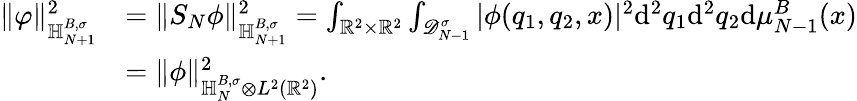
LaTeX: \begin{array}{rl}{\Vert\varphi\Vert_{{\mathbb H}_{N+1}^{B,\sigma}}^{2}}&{=\Vert S_{N}\phi\Vert_{{\mathbb H}_{N+1}^{B,\sigma}}^{2}=\int_{\mathbb R^{2}\times\mathbb R^{2}}\int_{\mathscr D_{N-1}^{\sigma}}\vert\phi(q_{1},q_{2},x)\vert^{2}\mathrm{d}^{2}q_{1}\mathrm{d}^{2}q_{2}\mathrm{d}\mu_{N-1}^{B}(x)}\\ &{=\| \phi\| _{{\mathbb H}_{N}^{B,\sigma}\otimes L^{2}(\mathbb R^{2})}^{2}.}\end{array}